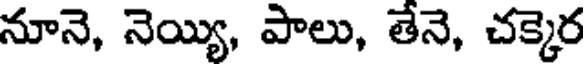
నూనె, నెయ్యి, పాలు, తేనె, చక్కెర